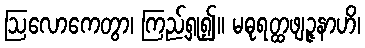
ဩလောကေတွာ၊ ကြည့်ရှု၍။ မဓုရတ္ထဖျဉ္ဇနာဟိ၊